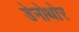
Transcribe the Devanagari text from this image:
डेनोथोर